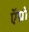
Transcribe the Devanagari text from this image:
ऍग्रो